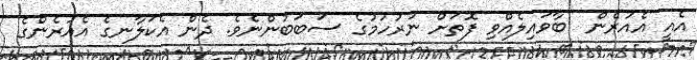
އެއީ އެއުރެން  ބާވައިލެއްވި ފޮތަށް ނުރުހުމުގެ ސަބަބުންނެވެ. ދެން އެކަލާނގެ އެއުރެންގެ